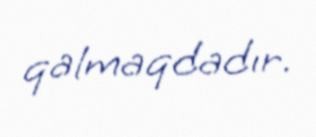
qalmaqdadır.